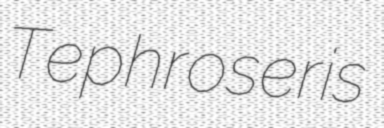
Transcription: Tephroseris